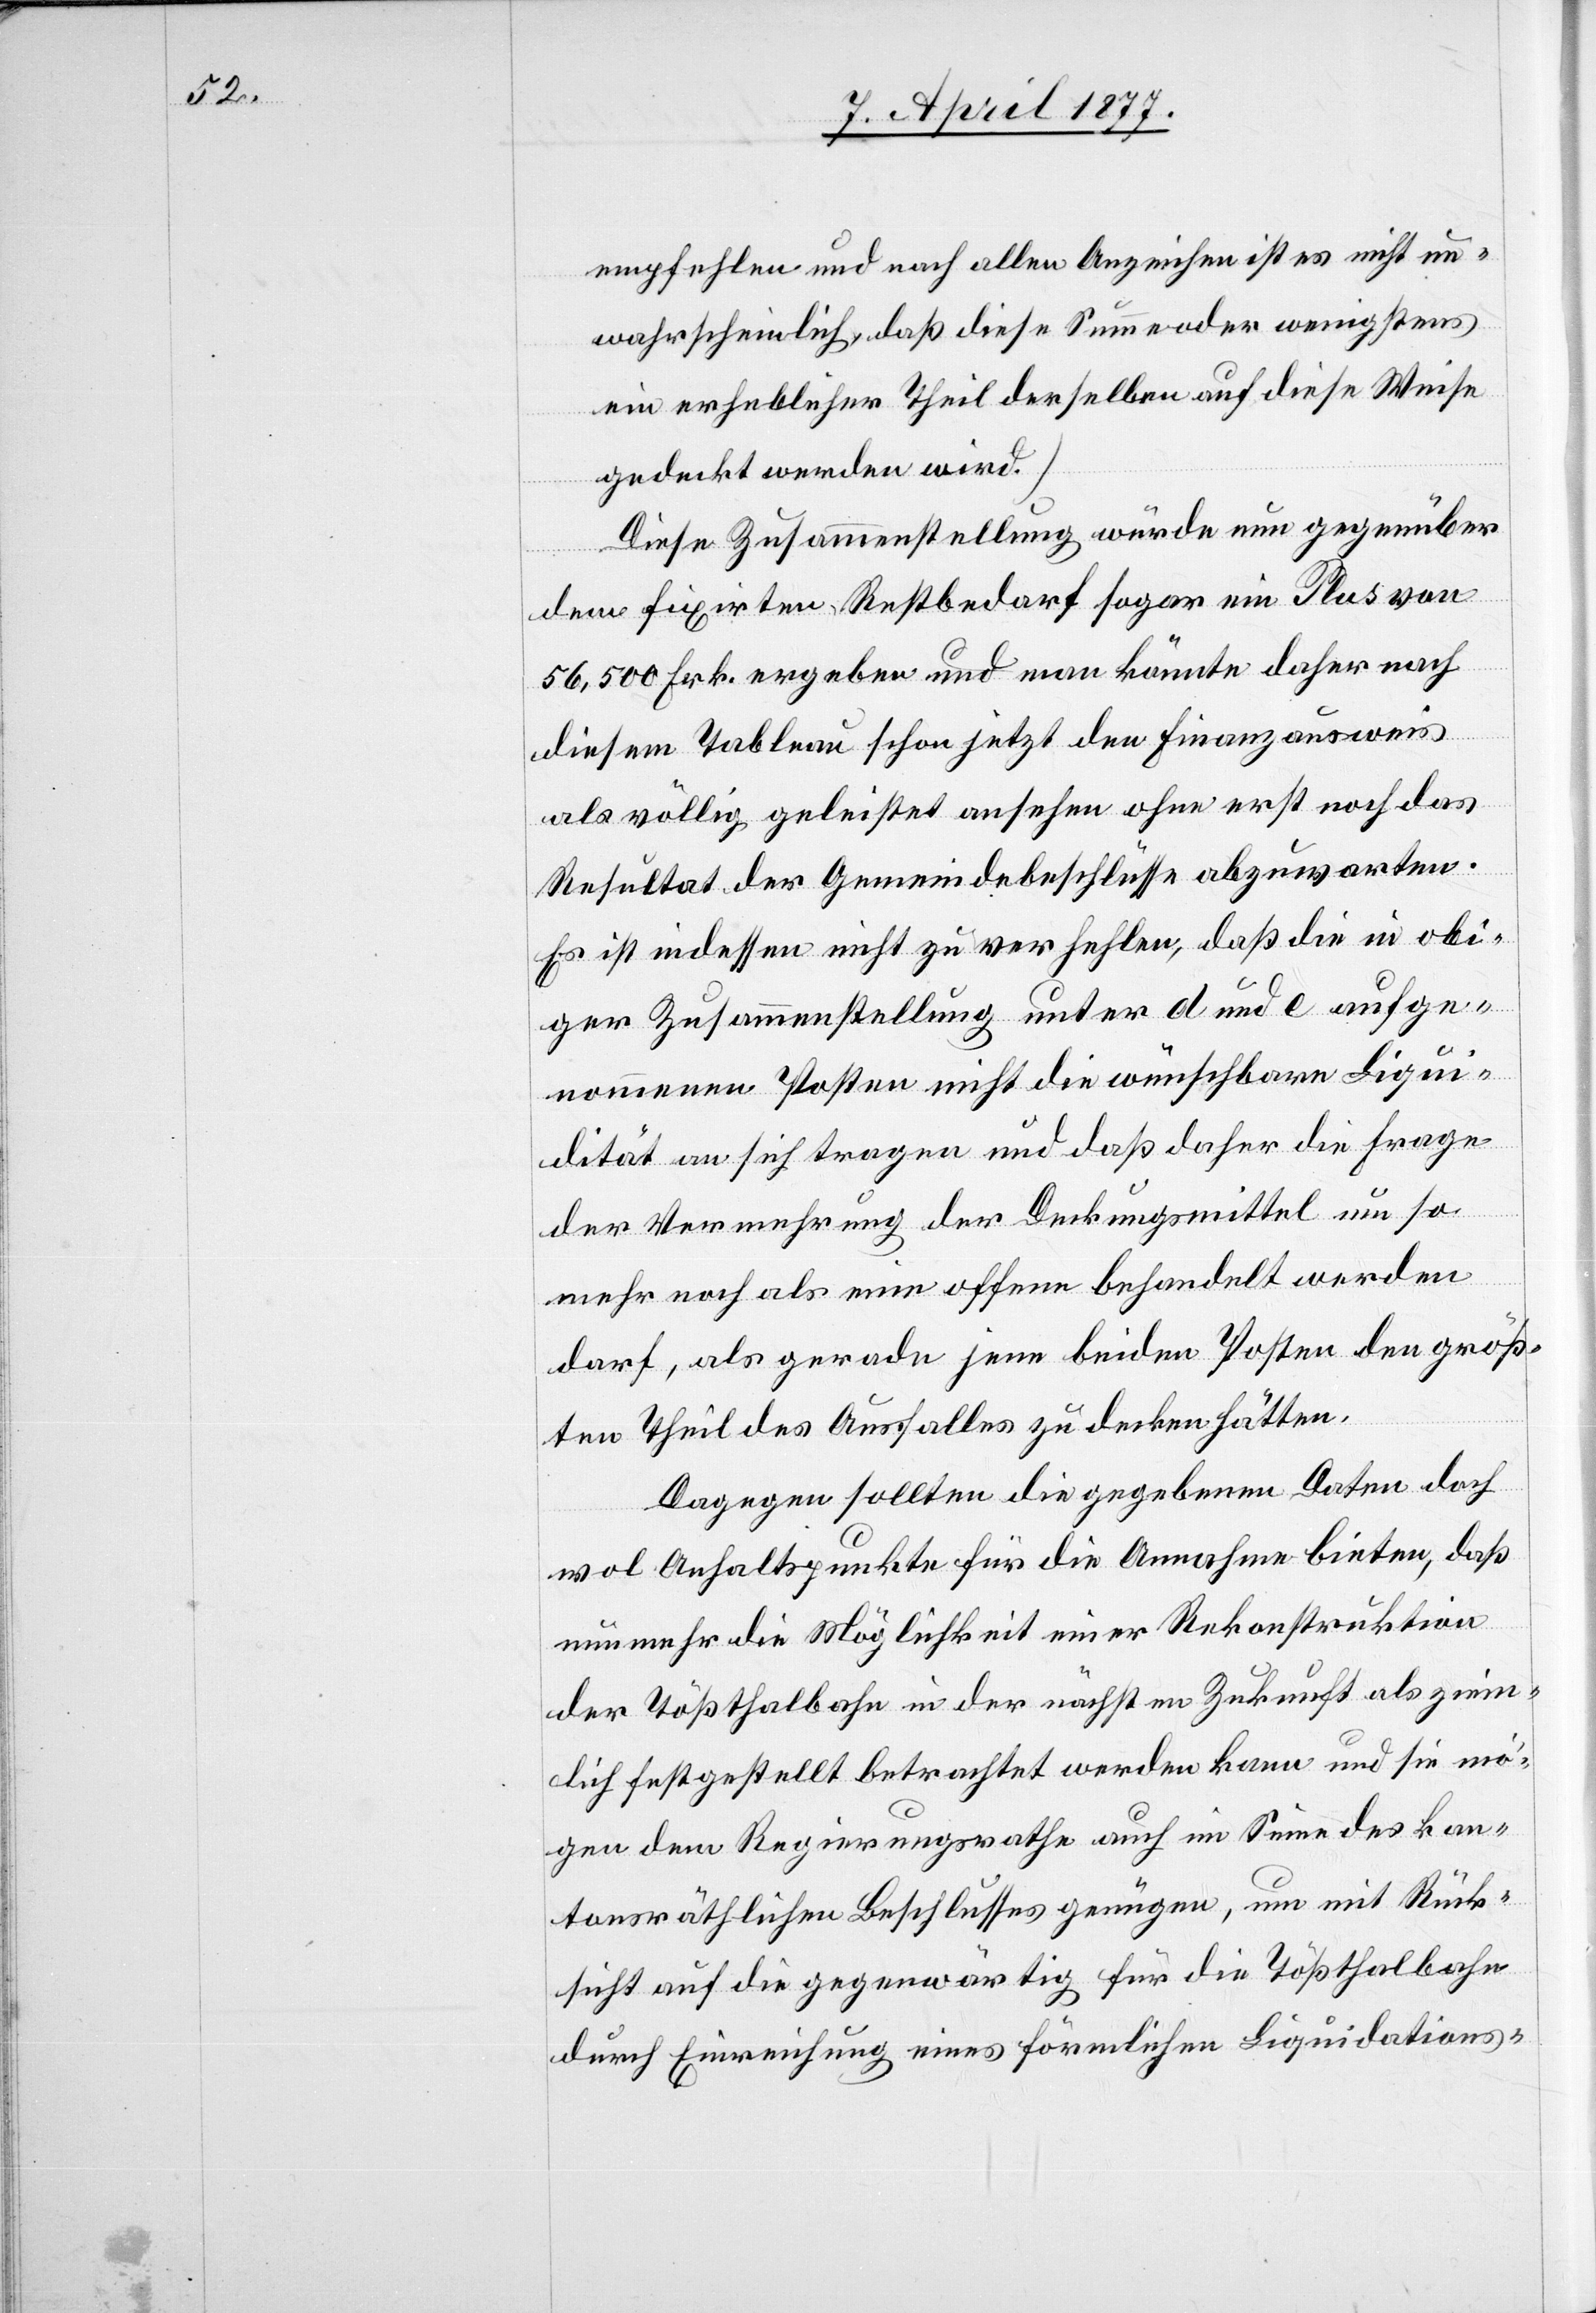
empfehlen und nach allen Anzeichen ist es nicht un¬
wahrscheinlich, daß diese Summe oder wenigstens
ein erheblicher Theil derselben auf diese Weise
gedeckt werden wird.]
Diese Zusammenstellung würde nun gegenüber
dem fixirten Restbedarf sogar ein Plus von
56,500 Frk. ergeben und man könnte daher nach
diesem Tableau schon jetzt den Finanzausweis
als völlig geleistet ansehen ohne erst noch das
Resultat der Gemeindebeschlüsse abzuwarten.
Es ist indessen nicht zu verfehlen, daß die in obi¬
ger Zusammenstellung unter d und e aufge¬
nommenen Posten nicht die wünschbare Liqui¬
dität an sich tragen und daß daher die Frage
der Vermehrung der Deckungsmittel um so
mehr noch als eine offene behandelt werden
darf, als gerade jene beiden Posten den größ¬
ten Theil des Ausfalles zu decken hätten.
Dagegen sollten die gegebenen Daten doch
wol Anhaltspunkte für die Annahme bieten, daß
nunmehr die Möglichkeit einer Rekonstruktion
der Tößthalbahn in der nächsten Zukunft als ziem¬
lich festgestellt betrachtet werden kann und sie mö¬
gen dem Regierungsrathe auch im Sinne des kan¬
tonsräthlichen Beschlusses genügen, um mit Rück¬
sicht auf die gegenwärtig für die Tößthalbahn
durch Einrichtung eines förmlichen Liquidations-